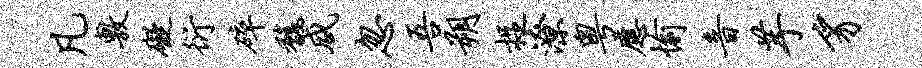
凡敷碍衍碎馥咸忽吾朔捉潦粤应愉音芋豸